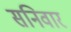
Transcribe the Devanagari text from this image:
सनिवार